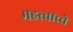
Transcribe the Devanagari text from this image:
महत्त्वाच्चे